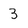
Character: 3